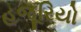
હજૂરિયો